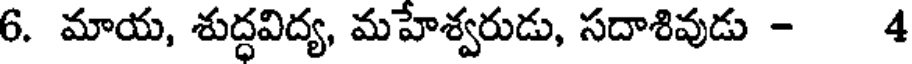
6. మాయ, శుద్ధవిద్య, మహేశ్వరుడు, సదాశివుడు - 4